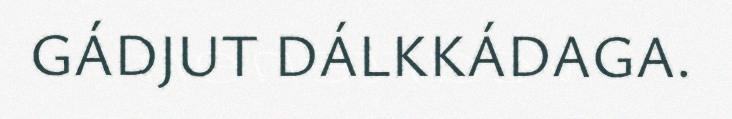
GÁDJUT DÁLKKÁDAGA.